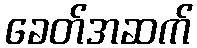
ခေတ်အဆက်